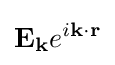
\mathbf {E_{k}} e^{i\mathbf {k\cdot r} }